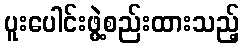
ပူးပေါင်းဖွဲ့စည်းထားသည့်